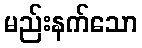
မည်းနက်သော